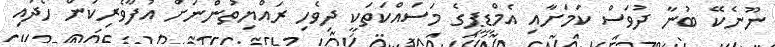
ނޫނެކޭ ބުނާ ދުވަސް ކަމަށާއި އެމްޑީޕީގެ މަސައްކަތަކީ ދިވެހި ރައްޔިތުންނަށް އުފާވެރިކަން ހޯދައި